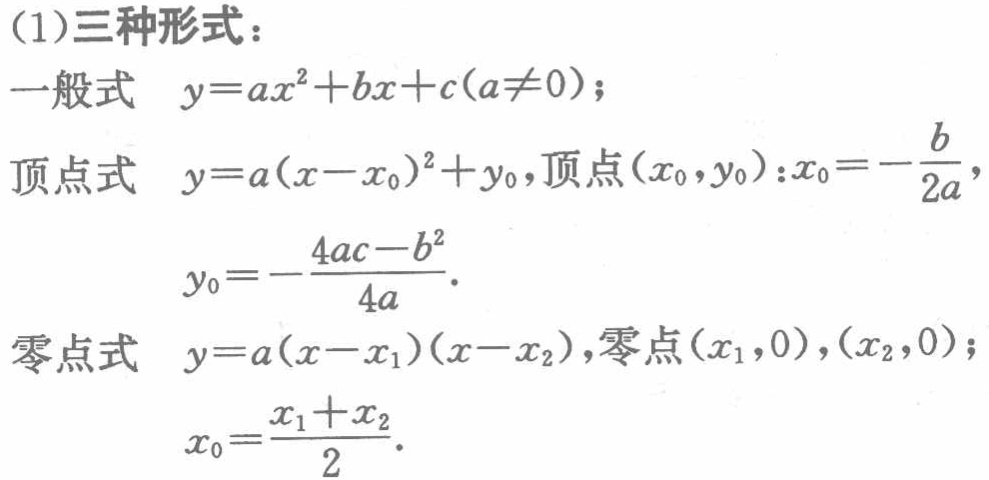
(1)三种形式：

一般式 \(y = ax^{2}+bx + c(a\neq0)\)；

顶点式 \(y = a(x - x_{0})^{2}+y_{0}\)，顶点\((x_{0},y_{0})\)：\(x_{0}=-\frac{b}{2a}\)，

\(y_{0}=-\frac{4ac - b^{2}}{4a}\)。

零点式 \(y = a(x - x_{1})(x - x_{2})\)，零点\((x_{1},0)\)，\((x_{2},0)\)；

\(x_{0}=\frac{x_{1}+x_{2}}{2}\)。